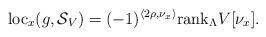
LaTeX: \begin{align*}\mathrm{loc}_{x}(g,\mathcal{S}_{V})=(-1)^{\left\langle 2\rho,\nu_{x}\right\rangle }\mathrm{rank}_{\Lambda}V[\nu_{x}].\end{align*}